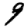
Digit: 9